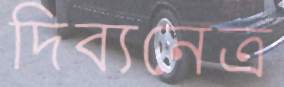
দিব্যনেত্র